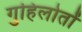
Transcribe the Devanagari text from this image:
गुहिलोतों